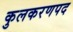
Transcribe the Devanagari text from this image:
कुलकरणपद